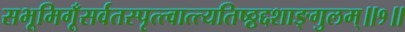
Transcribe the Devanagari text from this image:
सभूमिगूँसर्वतस्पृत्त्वात्त्यतिष्ठ्ठद्दशाङ्गुलम्॥१॥